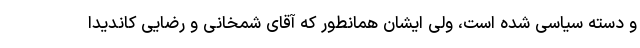
و دسته سیاسی شده است، ولی ایشان همانطور که آقای شمخانی و رضایی کاندیدا